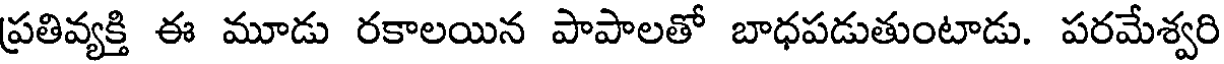
ప్రతివ్యక్తి ఈ మూడు రకాలయిన పాపాలతో బాధపడుతుంటాడు. పరమేశ్వరి